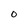
Character: 0